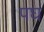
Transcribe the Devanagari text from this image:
पघ